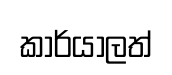
කාර්යාලත්